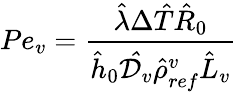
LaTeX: Pe_{v}=\frac{\hat{\lambda}\Delta\hat{T}\hat{R}_{0}}{\hat{h}_{0}\mathcal{\hat{D}}_{v}\hat{\rho}_{ref}^{v}\hat{L}_{v}}